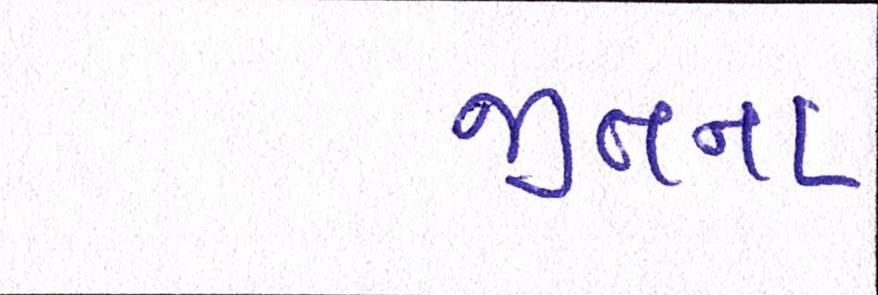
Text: જીતના